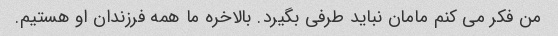
من فکر می کنم مامان نباید طرفی بگیرد. بالاخره ما همه فرزندان او هستیم.